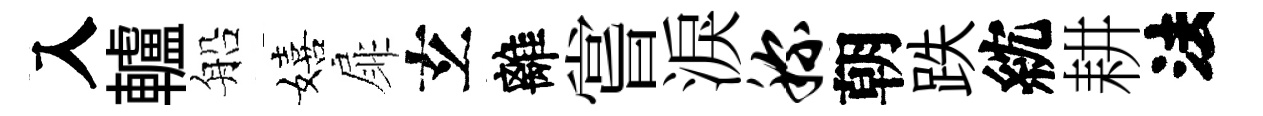
入轤船嬉扉𤣥離嘗淚称朝跌紞耕法